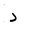
Letter: _dal